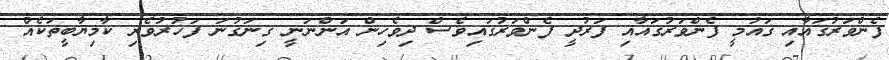
ފެންވަރުގައާއި ޤައުމީ ފެންވަރުގައާއި ފަރުދީ ފެންވަރުގައިވެސް ދިވެހިން އަންނަނީ ގިނަގުނަ ފަޚުރުވެރި ކާމިޔާބީތަކެއް